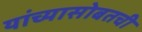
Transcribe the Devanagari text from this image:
यांच्यासोबतची